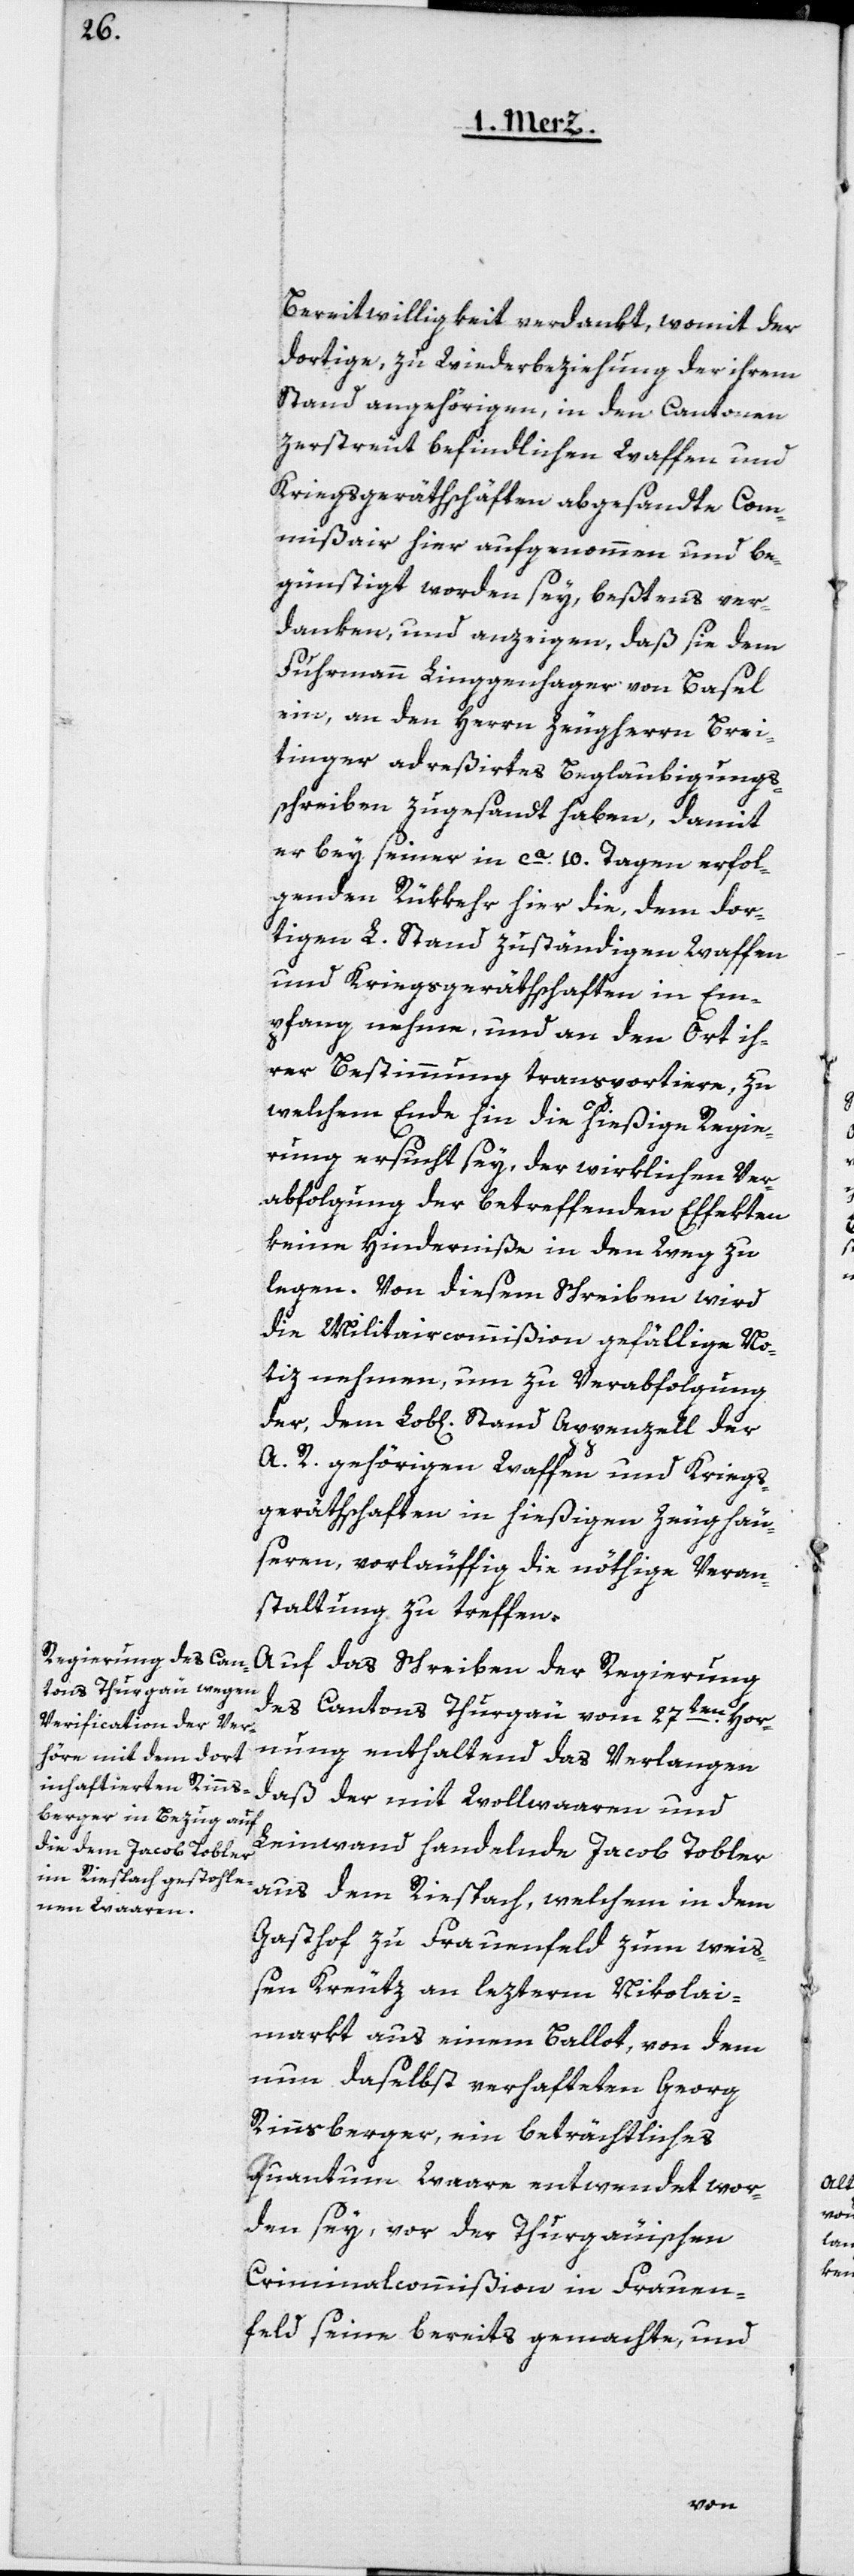
Bereitwilligkeit verdankt, womit der
dortige, zu Wiederbeziehung der ihrem
Stand angehörigen, in den Cantonen
zerstreut befindlichen Waffen und
Kriegsgeräthschaften abgesandte Com¬
missair hier aufgenommen und be¬
günstigt worden sey, beßtens ver¬
danken, und anzeigen, daß sie dem
Fuhrmann Linggenhager von Basel
ein, an den Herrn Zeugherrn Brei¬
tinger adreßirtes Beglaubigungs¬
schreiben zugesandt haben, damit
er bey seiner in ca. 10. Tagen erfol¬
genden Rükkehr hier die, dem dor¬
tigen L. Stand zuständigen Waffen
und Kriegsgeräthschaften in Em¬
pfang nehme, und an den Ort ih¬
rer Bestimmung transportiere, zu
welchem Ende hin die hießige Regie¬
rung ersucht sey, der wirklichen Ver¬
abfolgung der betreffenden Effekten
keine Hinderniße in den Weg zu
legen. Von diesem Schreiben wird
die Militaircommißion gefällige No¬
tiz nehmen, um zu Verabfolgung
der, dem Löb[lichen] Stand Appenzell der
A. R. gehörigen Waffen und Kriegs¬
geräthschaften in hießigen Zeughäu¬
sern, vorläuffig die nöthige Veran¬
staltung zu treffen.
Auf das Schreiben der Regierung
des Cantons Thurgau vom 27ten Hor¬
nung enthaltend das Verlangen
daß der mit Wollwaaren und
Leinwand handelnde Jacob Tobler
aus dem Riespach, welchem in dem
Gasthof zu Frauenfeld zum wei¬
ßen Kreutz an lezterm Nikolai¬
markt aus einem Ballot, von dem
nun daselbst verhafteten Georg
Rinnsberger, ein beträchtliches
Quantum Waare entwendet wor¬
den sey, vor der Thurgauischen
Criminalcommißion in Frauen¬
feld seine bereits gemachte, und